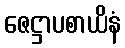
ဇေဋ္ဌာပစာယိနံ